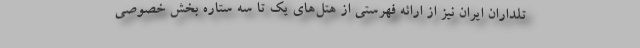
تلداران ایران نیز از ارائه فهرستی از هتل‌های یک تا سه ستاره بخش خصوصی